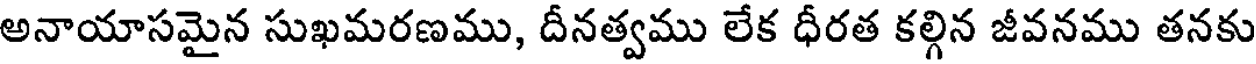
అనాయాసమైన సుఖమరణము, దీనత్వము లేక ధీరత కల్గిన జీవనము తనకు